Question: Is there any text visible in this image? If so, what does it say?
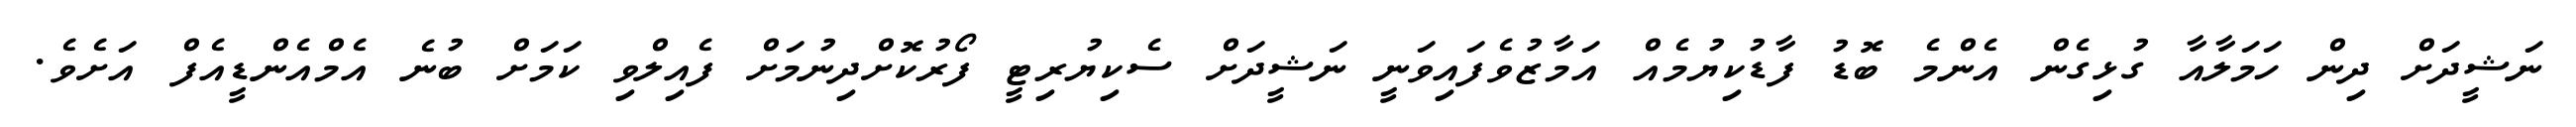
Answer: ނަޝީދަށް ދިން ހަމަލާއާ ގުޅިގެން އެންމެ ބޮޑު ފާޑުކިޔުމެއް އަމާޒުވެފައިވަނީ ނަޝީދަށް ސެކިޔުރިޓީ ފޯރުކޮށްދިނުމަށް ފެއިލްވި ކަމަށް ބުނެ އެމްއެންޑީއެފް އަށެވެ.